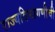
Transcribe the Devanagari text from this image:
राज्यविभागणीची